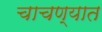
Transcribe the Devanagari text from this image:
चाचण्यात